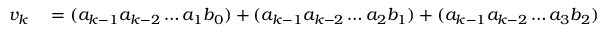
\begin{array} { r l } { v _ { k } } & { { } = ( a _ { k - 1 } a _ { k - 2 } \dots a _ { 1 } b _ { 0 } ) + ( a _ { k - 1 } a _ { k - 2 } \dots a _ { 2 } b _ { 1 } ) + ( a _ { k - 1 } a _ { k - 2 } \dots a _ { 3 } b _ { 2 } ) + \dots } \end{array}